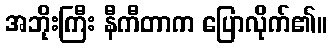
အဘိုးကြီး နီကီတာက ပြောလိုက်၏။